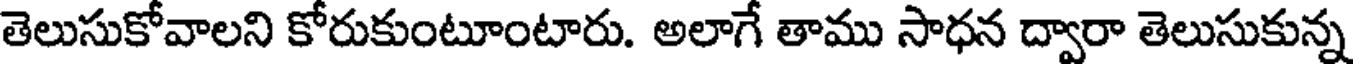
తెలుసుకోవాలని కోరుకుంటూంటారు. అలాగే తాము సాధన ద్వారా తెలుసుకున్న